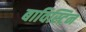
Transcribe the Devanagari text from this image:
बाविस्टिन